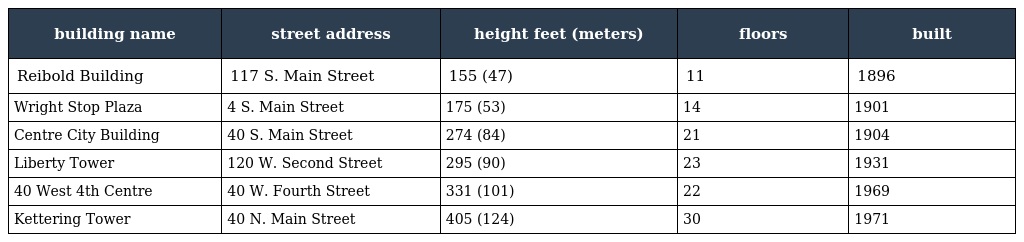
| building name | street address | height feet (meters) | floors | built |
 | --- | --- | --- | --- | --- |
 | Reibold Building | 117 S. Main Street | 155 (47) | 11 | 1896 |
 | Wright Stop Plaza | 4 S. Main Street | 175 (53) | 14 | 1901 |
 | Centre City Building | 40 S. Main Street | 274 (84) | 21 | 1904 |
 | Liberty Tower | 120 W. Second Street | 295 (90) | 23 | 1931 |
 | 40 West 4th Centre | 40 W. Fourth Street | 331 (101) | 22 | 1969 |
 | Kettering Tower | 40 N. Main Street | 405 (124) | 30 | 1971 |